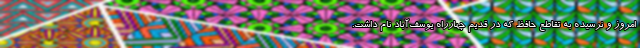
امروز و نرسیده به تقاطع حافظ که در قدیم چهارراه یوسف‌آباد نام داشت.